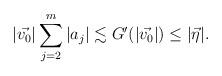
LaTeX: \begin{align*}|\vec{v_0}| \sum_{j=2}^m |a_j| \lesssim G'(|\vec{v_0}|) \le |\vec{\eta}|.\end{align*}